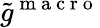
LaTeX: \tilde{g}^{\mathrm{~m~a~c~r~o~}}